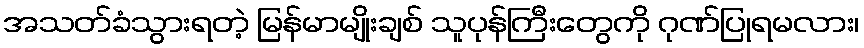
အသတ်ခံသွားရတဲ့ မြန်မာမျိုးချစ် သူပုန်ကြီးတွေကို ဂုဏ်ပြုရမလား၊